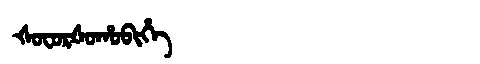
Manchu: ᡧᠣᠸᠣᡵᡧᠣᡥᠣᠪᡳᡥᡝ
Romanization: ŠOFORŠOHOBIHE